Lunatic asylums Punjab 1881-1894 - 1881-1894
Year: 1881
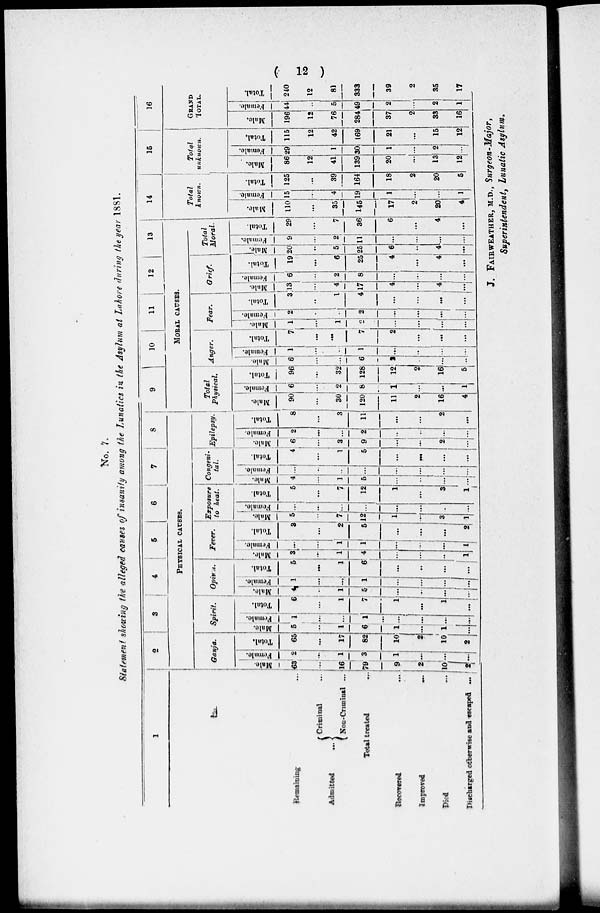
( 12 )
No. 7.
Stetement showing the alleged causes of insanity among the Lunatics in the Asylum at Lahore during the year 1881.
1
Remaining ...
Admitted ...
Criminal ...
Non-Criminal
...
Total treated ...
Recovered ...
Improved
...
Died ...
Discharged otherwise and escaped...
2
3
4
5
6
7
8
PHYSICAL CAUSES.
Ganja.
Mal e.
63
...
16
79
9
...
10
2
Femal e.
2
...
1
3
1
...
...
...
Total.
65
...
17
82
10
...
10
2
Spirit.
Male.
5
...
1
6
1
...
1
...
Female.
1
...
...
1
...
...
...
...
Total.
6
...
1
7
1
...
1
...
Opinum.
Male.
4
...
1
5
...
...
...
...
Female.
1
...
....
1
...
...
...
...
Total.
5
...
1
6
...
...
...
...
Fever.
Male.
3
...
1
4
...
...
...
1
Female.
...
...
1
1
...
...
...
1
Total.
3
...
2
5
...
...
...
2
Exposure
to heat.
Male.
5
...
7
12
1
...
3
1
Female.
...
...
...
...
...
...
...
...
Total.
5
...
7
12
1
...
3
1
Congeni-
tal.
Male.
4
...
5
...
...
...
...
Female.
...
...
...
...
...
...
...
...
Total.
4
...
1
5
...
...
...
...
Epilepsy.
Male.
6
...
3
9
...
...
2
...
Female.
2
...
...
2
...
...
...
...
Total.
8
...
3
11
...
...
2
...
9
10
11
12
13
MORAL CAUSES.
Total
Physical.
Male.
90
...
30
120
11
2
16
4
Female.
6
...
2
8
1
...
...
1
Total.
96
...
32
128
12
2
16
5
Anger.
Male.
6
...
...
6
2
...
...
...
Female.
1
...
...
1
...
...
...
...
Total.
7
...
...
7
2
...
...
...
Fear.
Male.
1
...
1
2
...
...
...
...
Female.
2
...
...
2
...
...
...
...
Total.
3
...
...
4
...
...
...
...
Grief.
Male.
13
...
4
17
4
...
4
...
Female.
6
...
2
8
...
...
...
...
Total.
19
...
6
25
4
...
4
...
Total
Moral.
Male.
20
...
5
25
6
...
4
...
Female.
9
...
2
11
...
...
...
...
Total.
29
...
7
36
6
...
4
...
14
Total
known.
Male.
110
...
35
145
17
2
20
4
Female.
15
...
4
19
1
...
...
1
Total.
125
...
39
164
18
2
20
5
15
Total
unknown.
Male.
86
12
41
139
20
...
13
12
Female.
29
...
1
30
1
...
2
...
Total.
115
12
42
169
21
...
15
12
16
GRAND
TOTAL.
Male.
196
12
76
284
37
2
33
16
Female.
44
...
5
49
2
...
2
1
Total.
240
12
81
333
39
2
35
17
J. FAIRWEATHER, M.D., Surgeon-Major,
Superintendent, Lunatic Asylum.